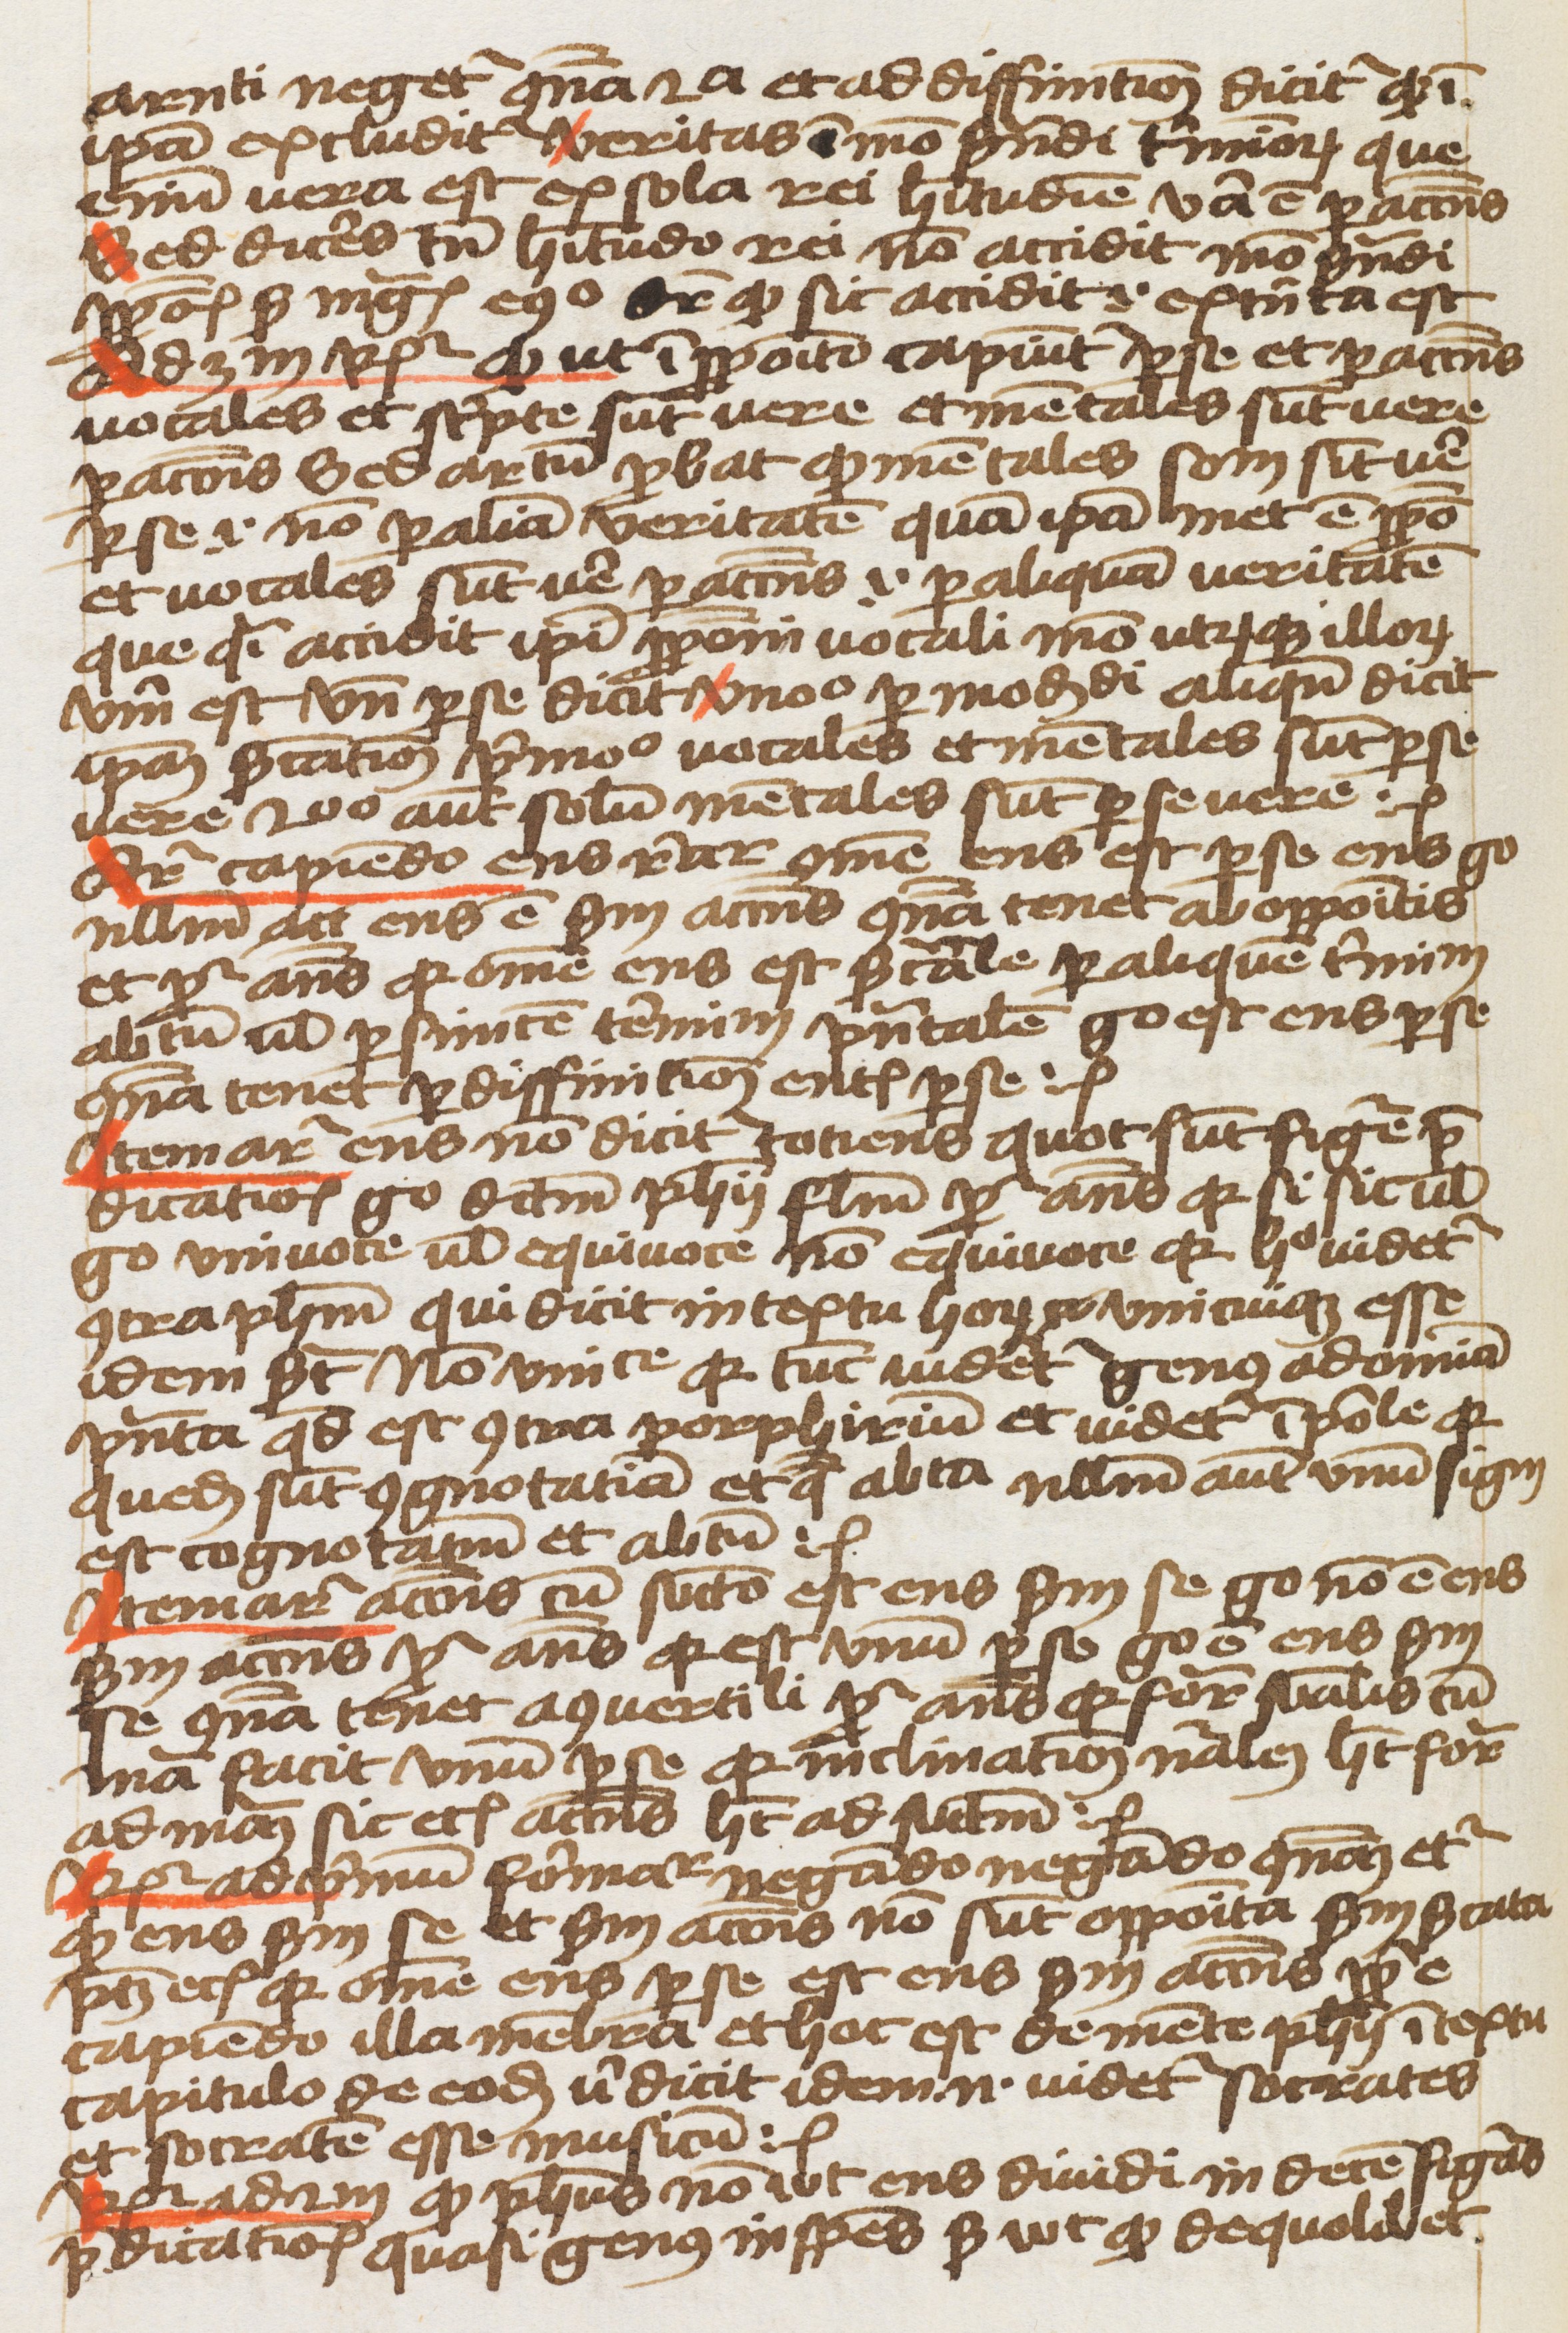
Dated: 1459–1459